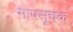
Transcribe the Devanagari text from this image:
मापसूचक